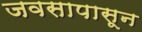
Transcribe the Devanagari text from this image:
जवसापासून